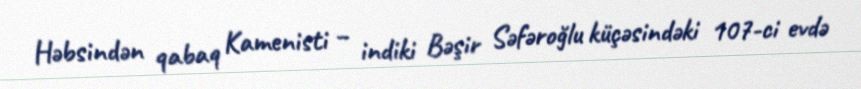
Həbsindən qabaq Kamenisti – indiki Bəşir Səfəroğlu küçəsindəki 107-ci evdə